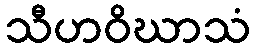
သီဟဝိဃာသံ